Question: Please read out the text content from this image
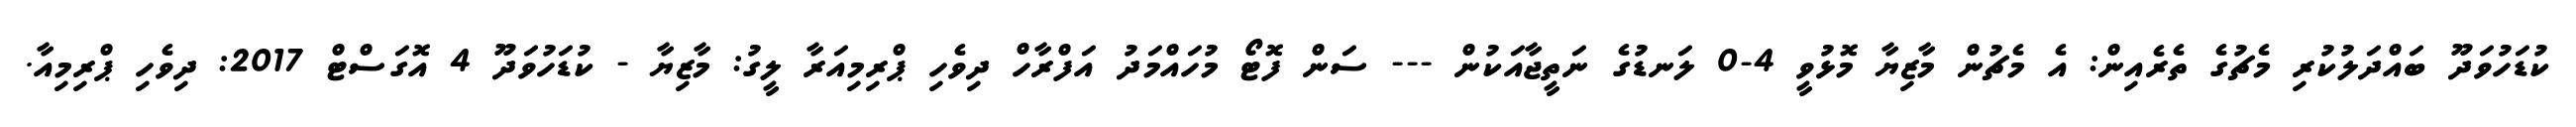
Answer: ކުޑަހުވަދޫ ބައްދަލުކުރި މެޗުގެ ތެރެއިން: އެ މެޗުން މާޒިޔާ މޮޅުވީ 4-0 ލަނޑުގެ ނަތީޖާއަކުން --- ސަން ފޮޓޯ މުހައްމަދު އަފްރާހް ދިވެހި ޕްރިމިއަރާ ލީގު: މާޒިޔާ - ކުޑަހުވަދޫ 4 އޮގަސްޓް 2017: ދިވެހި ޕްރިމިއާ.